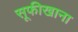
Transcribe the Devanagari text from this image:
सूफीखाना